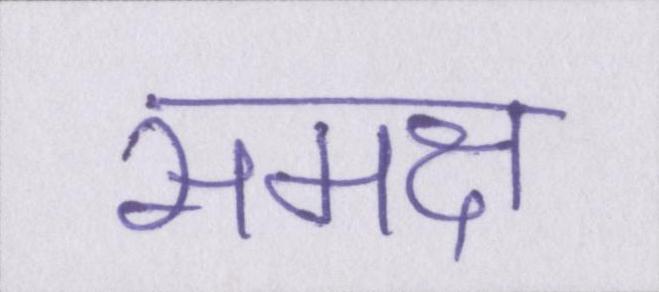
समक्ष